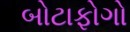
બોટાફોગો